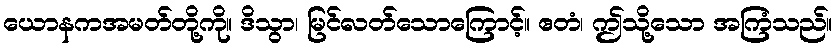
ယောနကအမတ်တို့ကို။ ဒိသွာ၊ မြင်လတ်သောကြောင့်။ ဧတံ၊ ဤသို့သော အကြံသည်။